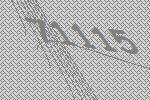
71115